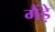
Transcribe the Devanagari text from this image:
गैंड़े